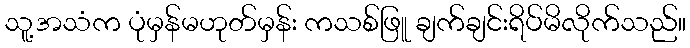
သူ့အသံက ပုံမှန်မဟုတ်မှန်း ကသစ်ဖြူ ချက်ချင်းရိပ်မိလိုက်သည်။